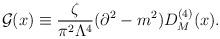
LaTeX: \begin{align*}{\cal G}(x)\equiv\frac{\zeta}{\pi^2\Lambda^4}(\partial^2-m^2)D_M^{(4)}(x).\end{align*}